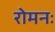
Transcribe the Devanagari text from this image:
रोमनः